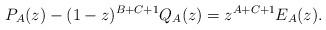
LaTeX: \begin{align*} P_A(z)-(1-z)^{B+C+1} Q_A(z)=z^{A+C+1} E_A(z).\end{align*}